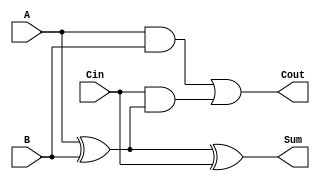
module FullAdder (
    input wire A,
    input wire B,
    input wire Cin,
    output wire Sum,
    output wire Cout
);
    assign Sum = A ^ B ^ Cin;      // Sum is the XOR of A, B, and Cin
    assign Cout = (A & B) | (Cin & (A ^ B)); // Carry out
endmodule